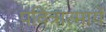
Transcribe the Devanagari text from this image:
पवित्रात्मायें